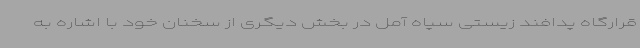
قرارگاه پدافند زیستی سپاه آمل در بخش دیگری از سخنان خود با اشاره به